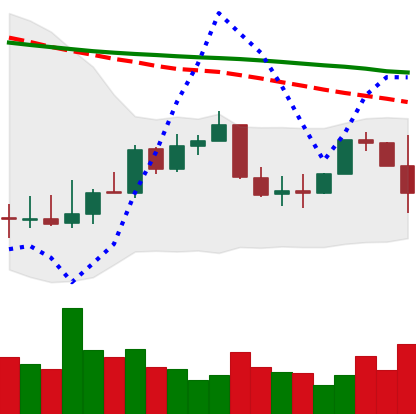
Ticker: XLM-USD
Chart end date: 2022-01-05
Forward return: -5.302%
Label: down_5_7